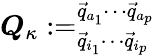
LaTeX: \boldsymbol{Q}_{\kappa}:=_{\vec{q}_{i_{1}}\cdots\vec{q}_{i_{p}}}^{\vec{q}_{a_{1}}\cdots\vec{q}_{a_{p}}}